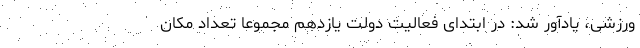
ورزشی، یادآور شد: در ابتدای فعالیت دولت یازدهم مجموعاً تعداد مکان